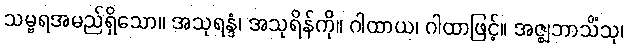
သမ္ဗရအမည်ရှိသော။ အသုရန္ဒံ၊ အသုရိန်ကို။ ဂါထာယ၊ ဂါထာဖြင့်။ အဇ္ဈဘာသိံသု၊